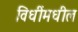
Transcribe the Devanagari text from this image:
विधींमधील